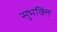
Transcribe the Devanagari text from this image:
सुभक्ति